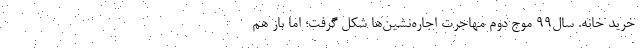
خرید خانه. سال۹۹ موج دوم مهاجرت اجاره‌نشین‌ها شکل گرفت؛ اما باز هم